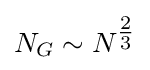
{N_{G}\sim N^{\tfrac {2}{3}}}